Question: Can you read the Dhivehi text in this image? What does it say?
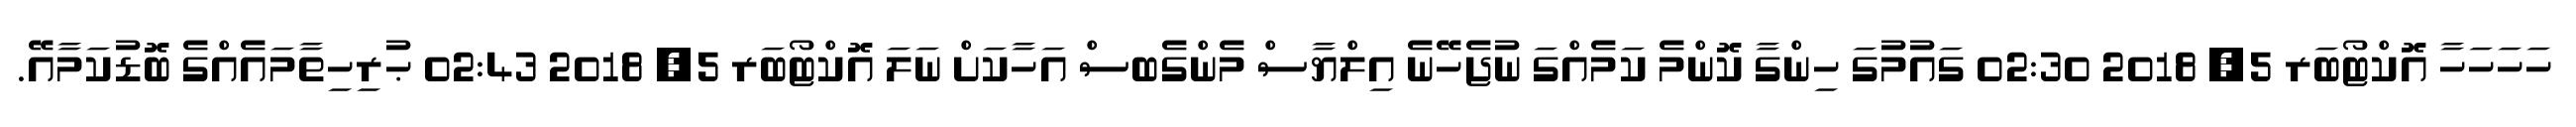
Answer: ހަހަހަހާ އޮކްޓޯބަރ 5, 2018 02:30 ގައުމުގަ ހިންގާ ކޮންމެ ކަމެއްގަ ނުޖެހޭނެ އިލްޔާސް މެންގެބސް އަހާކަށް ނަލަ އޮކްޓޯބަރ 5, 2018 02:43 ޙުރިހިތާމައެއްގެ ބޮޑުކަމާއޭ.